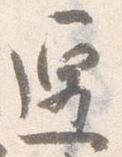
遷